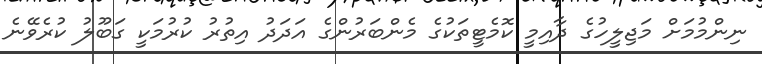
ނިންމުމަށް މަޖިލީހުގެ ދާއިމީ ކޮމެޓީތަކުގެ މެންބަރުންގެ އަދަދު އިތުރު ކުރުމަކީ ގަބޫލު ކުރެވޭނެ